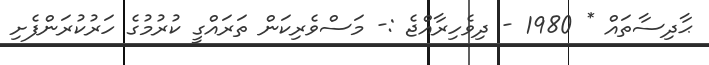
ޙާދިސާތައް * 1980 - ދިވެހިރާއްޖެ :- މަސްވެރިކަން ތަރައްގީ ކުރުމުގެ ހަރުކުރަންފެށި